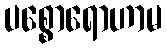
ပစ္စောရောဟာမ